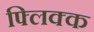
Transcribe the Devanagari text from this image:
फ्लिक्क